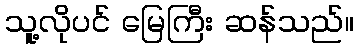
သူ့လိုပင် မြေကြီး ဆန်သည်။